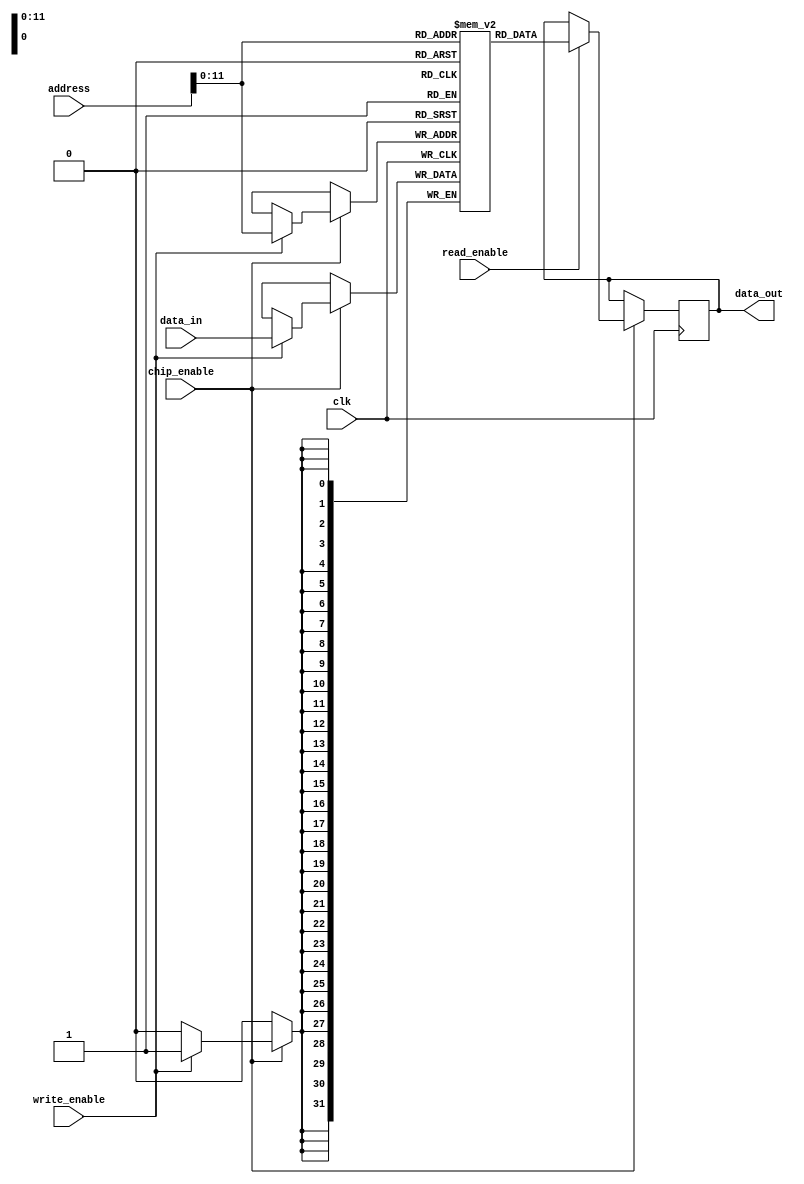
module flash_rom (
    input wire [31:0] address,
    input wire [31:0] data_in,
    output reg [31:0] data_out,
    input wire chip_enable,
    input wire read_enable,
    input wire write_enable,
    input wire clk
);

reg [31:0] memory [0:4095];

always @ (posedge clk) begin
    if (chip_enable) begin
        if (read_enable) begin
            data_out <= memory[address];
        end
        if (write_enable) begin
            memory[address] <= data_in;
        end
    end
end

endmodule